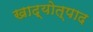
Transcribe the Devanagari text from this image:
खाद्योत्पाद